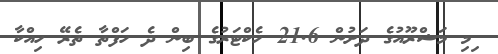
ިމި މަޝްރޫއުގެ ދަށުން 21.6 ހެކްޓަރުގެ ބިން ދެ ހަފްތާ ތެރޭ ހިއްކާ